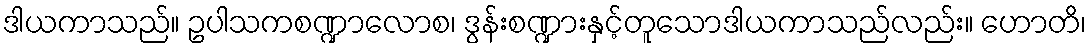
ဒါယကာသည်။ ဥပါသကစဏ္ဍာလောစ၊ ဒွန်းစဏ္ဍားနှင့်တူသောဒါယကာသည်လည်း။ ဟောတိ၊